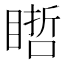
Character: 𥉭